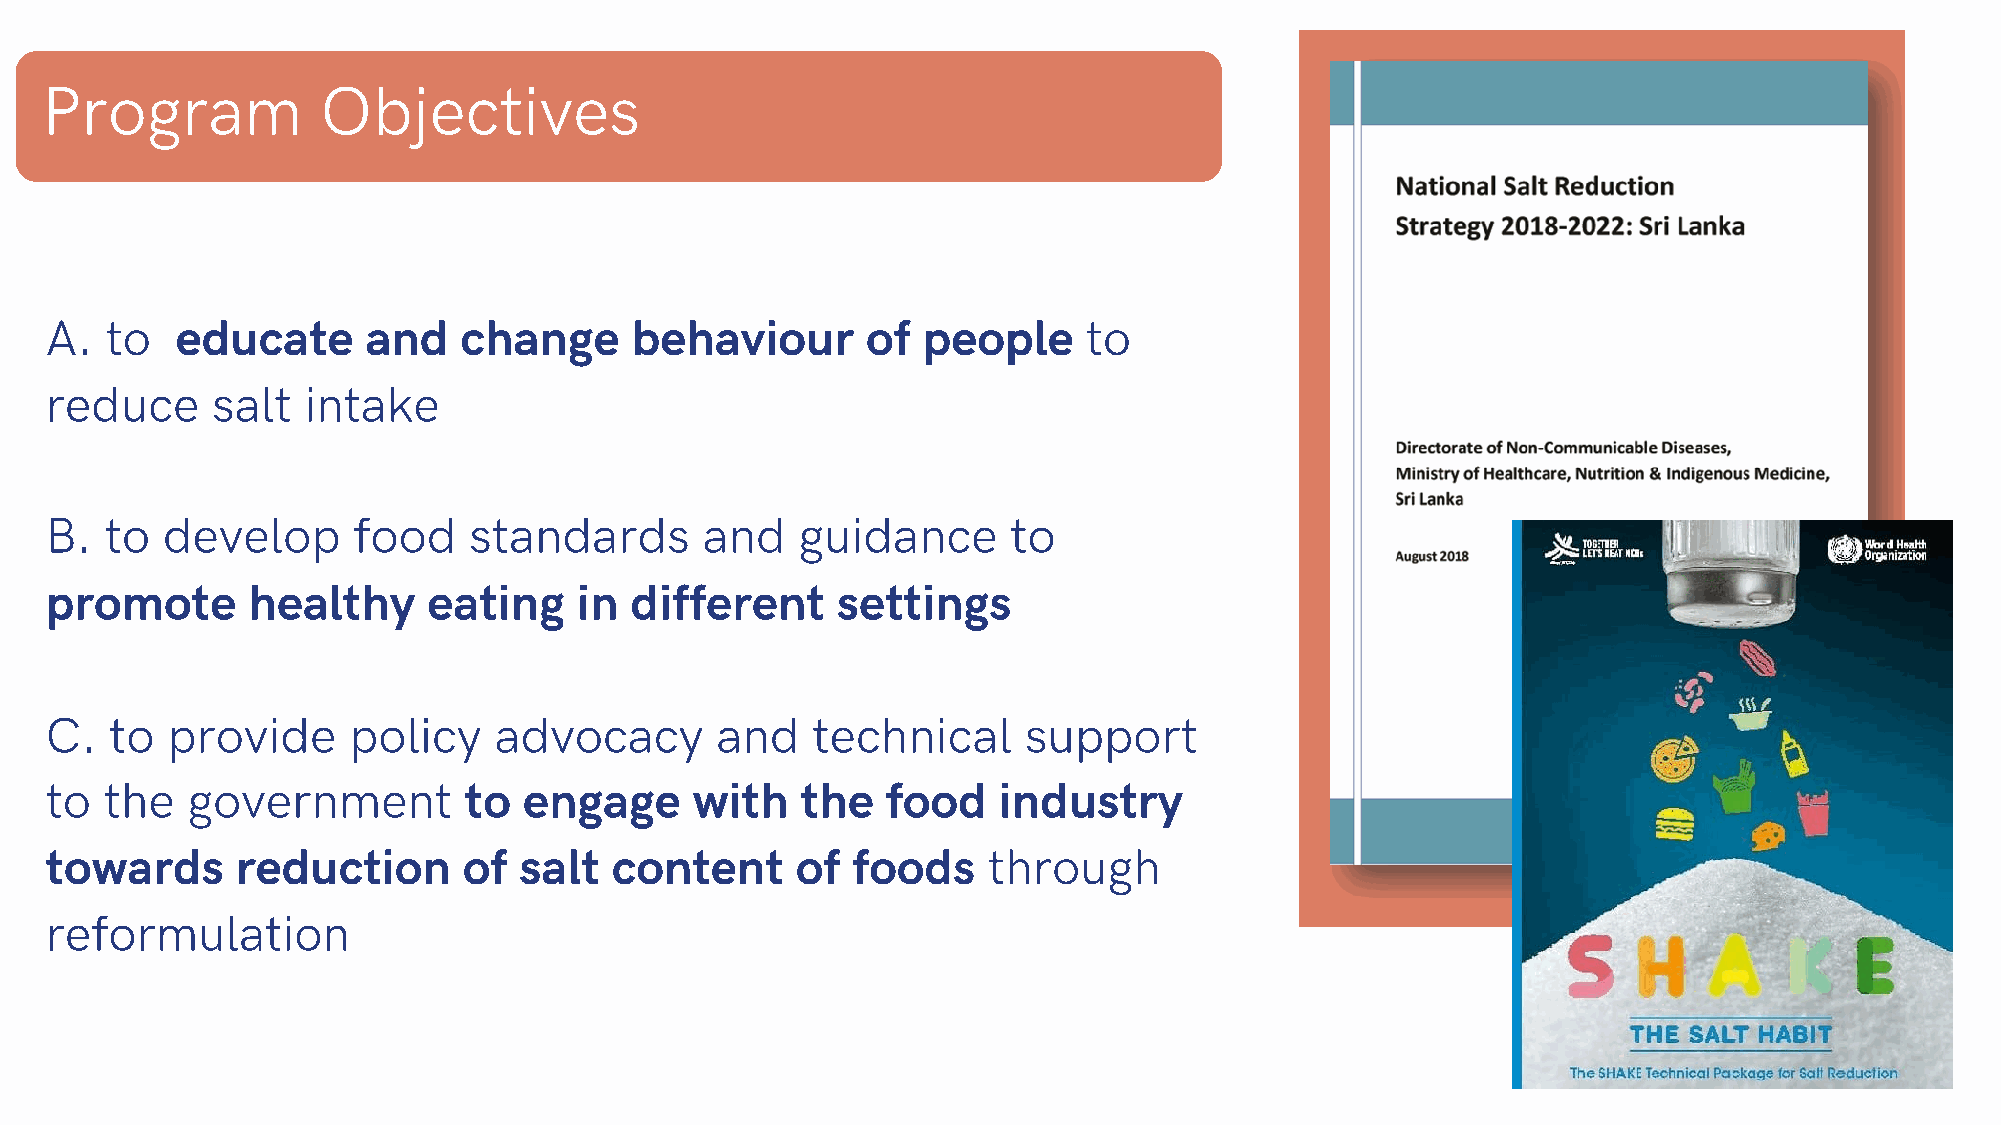
Program           Objectives
 A.  to   educate     and   change      behaviour      of  people     to
 reduce     salt  intake
 B.  to  develop     food    standards      and    guidance      to
 promote      healthy     eating    in  different    settings
 C.  to  provide     policy    advocacy      and    technical     support
 to  the  government         to  engage     with   the   food   industry
 towards      reduction      of salt  content      of foods    through
 reformulation